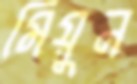
মিয়ুন